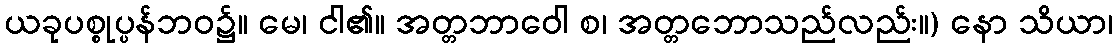
ယခုပစ္စုပ္ပန်ဘဝ၌။ မေ၊ ငါ၏။ အတ္တဘာဝေါ စ၊ အတ္တဘောသည်လည်း။) နော သိယာ၊